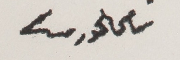
سامى الخوري